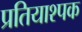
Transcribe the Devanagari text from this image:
प्रतियाश्पक